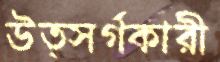
উত্সর্গকারী